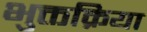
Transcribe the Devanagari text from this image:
भुक्तक्रिया